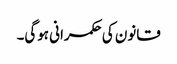
قانون کی حکمرانی ہوگی۔